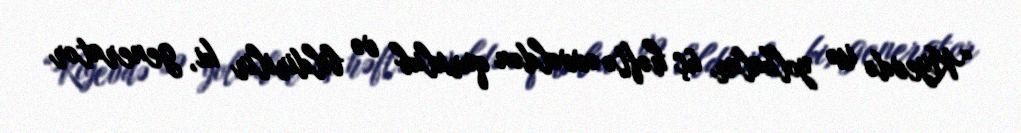
“Kiyevdə isə yolkalar üç həftə əvvəldən qurulub və bildirilir ki, generator